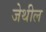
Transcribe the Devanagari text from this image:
जेथील